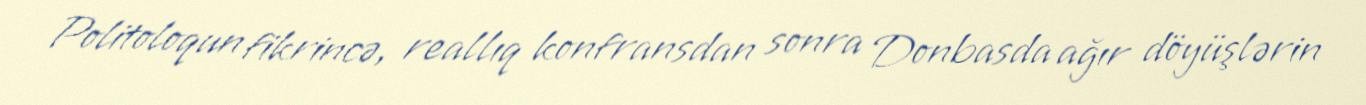
Politoloqun fikrincə, reallıq konfransdan sonra Donbasda ağır döyüşlərin